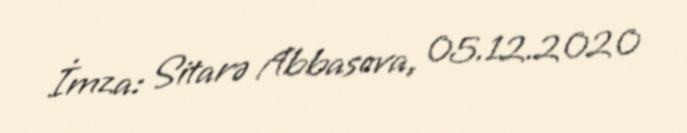
İmza: Sitarə Abbasova, 05.12.2020